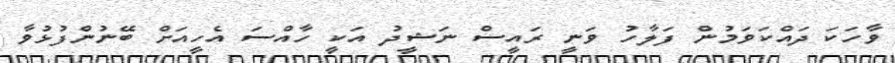
ވާހަކަ ދައްކަވަމުން ފަލާހު ވަނީ ރައީސް ނަޝީދު އަކީ ހާއްސަ އެހީއަށް ބޭނުންފުޅުވާ